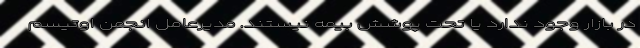
در بازار وجود ندارد یا تحت پوشش بیمه نیستند. مدیرعامل انجمن اوتیسم